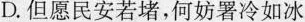
D.但愿民安若堵，何妨署冷如冰